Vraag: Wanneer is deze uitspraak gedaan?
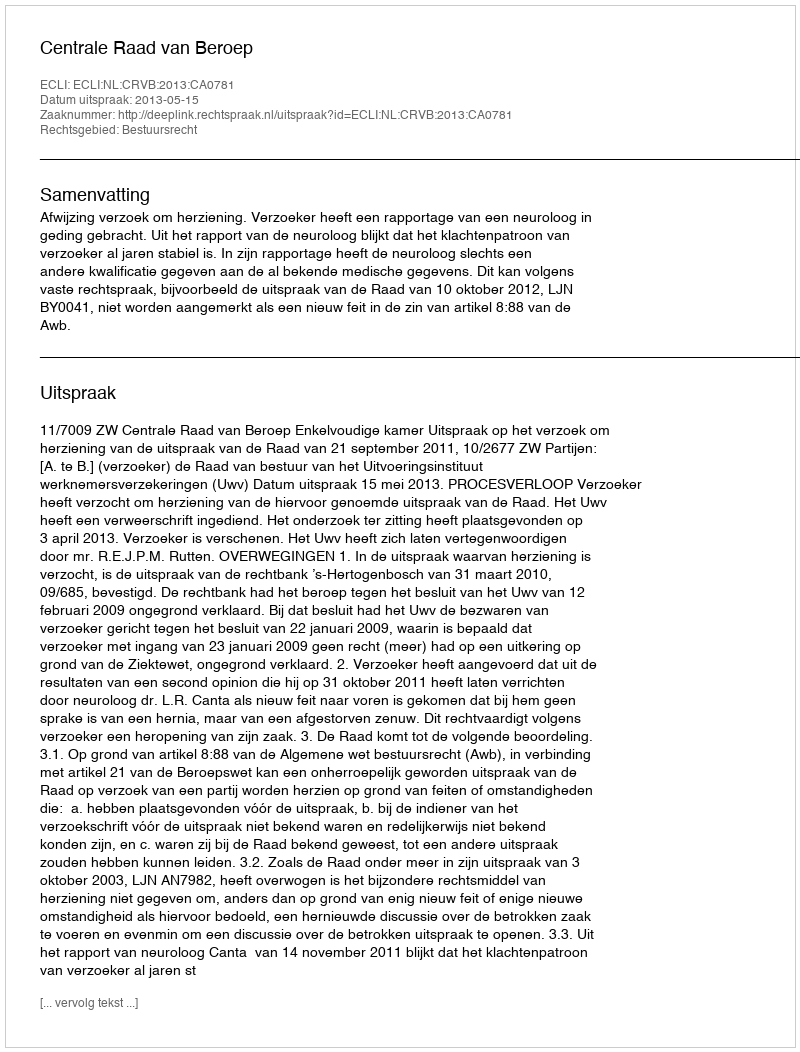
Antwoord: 2013-05-15